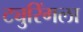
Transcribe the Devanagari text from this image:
ट्युरिंगला